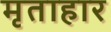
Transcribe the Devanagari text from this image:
मृताहार